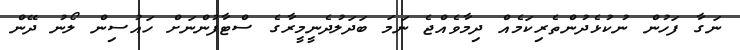
ނަގާ ފަހުން ނުކުޅެދުންތެރިކަމެއް ދިމާވެއްޖެ ނަމަ ބަދަލުދެނީމީރާގެ ސްޓާފުންނަށް ހައުސިން ލޯނު ދޭން